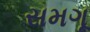
સમગૂ